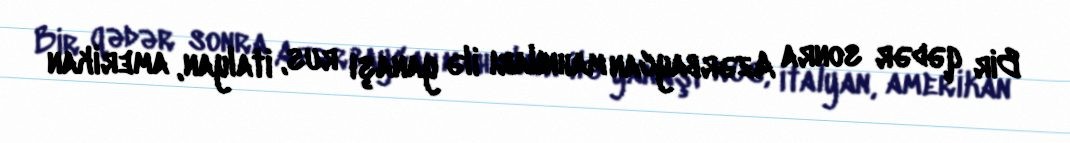
Bir qədər sonra Azərbaycan mahnıları ilə yanaşı rus, italyan, amerikan